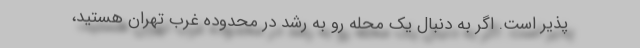
پذیر است. اگر به دنبال یک محله رو به رشد در محدوده غرب تهران هستید،